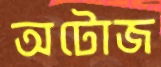
অটোজ